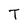
Character: T